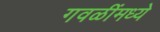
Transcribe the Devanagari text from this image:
गवळींमध्ये